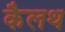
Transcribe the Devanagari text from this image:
कैलथ